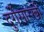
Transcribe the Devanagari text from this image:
दुर्गेसारखी